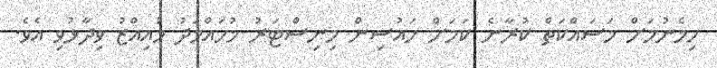
ހިމެނުމަށް މަސައްކަތް ކުރާނެ ކަމަށް ހައުސިން މިނިސްޓަރު މުހައްމަދު މުއިއްޒު ވިދާޅުވި އެވެ.